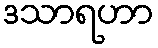
ဒသာရဟာ